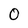
Character: 0